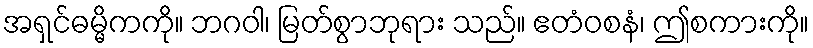
အရှင်ဓမ္မိကကို။ ဘဂဝါ၊ မြတ်စွာဘုရား သည်။ ဧတံဝစနံ၊ ဤစကားကို။